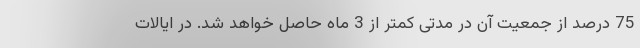
75 درصد از جمعیت آن در مدتی کمتر از 3 ماه حاصل خواهد شد. در ایالات